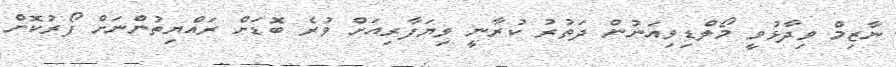
ނާޒިމް ވިދާޅުވީ މޯލްޑިވިއަނުން ދަތުރު ކުރާނީ ވިޔަފާރިއަށް ވުރެ ބޮޑަށް ރައްޔިތުންނަށް ފޯރުކޮށް